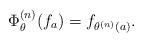
LaTeX: \begin{align*}\Phi^{(n)}_\theta(f_a)=f_{\theta^{(n)}(a)}.\end{align*}